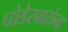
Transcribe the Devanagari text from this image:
घोडेस्वारांना